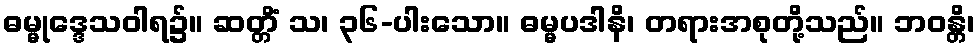
ဓမ္မုဒ္ဒေသဝါရ၌။ ဆတ္တိံ သ၊ ၃၆-ပါးသော။ ဓမ္မပဒါနိ၊ တရားအစုတို့သည်။ ဘဝန္တိ၊